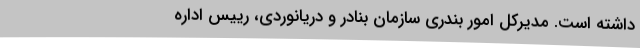
داشته است. مدیرکل امور بندری سازمان بنادر و دریانوردی، رییس اداره